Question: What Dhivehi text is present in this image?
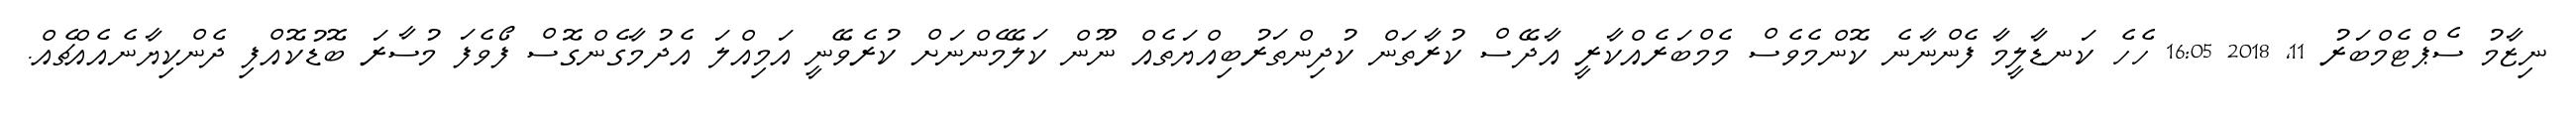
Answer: ނިޒާމު ސެޕްޓެމްބަރު 11, 2018 16:05 ހެހެ ކަނޑާލީމާ ފެންނާނެ ކޮންމެވެސް މެމްބަރެއްކާރީ އާދޭސް ކުރާތަން ކުދިންތަރުބިއްޔަތެއް ނޫން ކަލޭމެންނަށް ކުރެވޭނީ އަމިއްލަ އެދުމާގެންގޮސް ފޯވެފަ މުސާރަ ބޮޑުކޮއްފި ދެންކިޔާނެއެއްޗެއް.